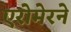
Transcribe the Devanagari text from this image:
एरोमेरने